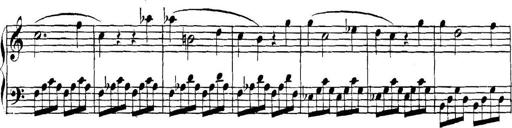
Title: Collected Piano Sonatas
Composer: Muzio Clementi